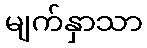
မျက်နှာသာ